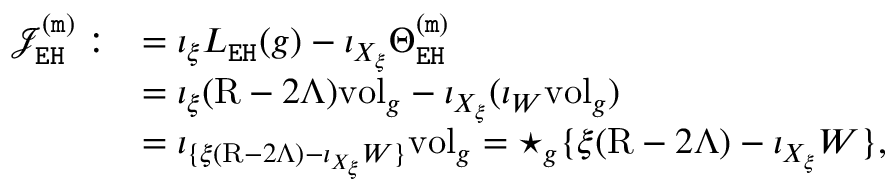
\begin{array} { r l } { \mathcal { J } _ { \mathtt { E H } } ^ { \mathtt { ( m ) } } : } & { = \iota _ { \xi } L _ { \mathtt { E H } } ( g ) - \iota _ { X _ { \xi } } \Theta _ { \mathtt { E H } } ^ { \mathtt { ( m ) } } } \\ & { = \iota _ { \xi } ( \mathrm { R } - 2 \Lambda ) \mathrm { v o l } _ { g } - \iota _ { X _ { \xi } } ( \iota _ { W } \mathrm { v o l } _ { g } ) } \\ & { = \iota _ { \{ \xi ( \mathrm { R } - 2 \Lambda ) - \iota _ { X _ { \xi } } W \} } \mathrm { v o l } _ { g } = \star _ { g } \{ \xi ( \mathrm { R } - 2 \Lambda ) - \iota _ { X _ { \xi } } W \} , } \end{array}